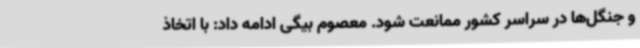
و جنگل‌ها در سراسر کشور ممانعت شود. معصوم بیگی ادامه داد: با اتخاذ